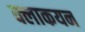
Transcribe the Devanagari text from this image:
क्लाकयन